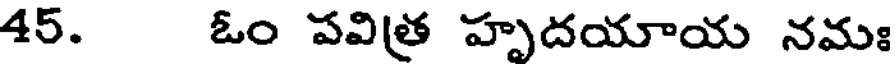
45. ఓం పవిత్ర హృదయాయ నమః